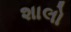
શાલો